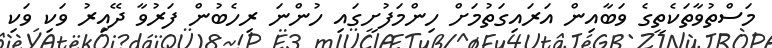
މަސްތުވާތަކެތީގެ ވަބާއިން އަރައިގަތުމަށް ހިންމަފުށީގައި ހުންނަ ރިހެބުން ފަރުވާ ދޭއިރު ވަކި ވަކި